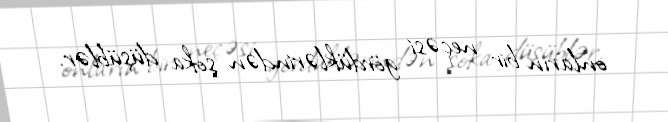
onların bir neçəsi gördüklərindən şoka düşüblər.